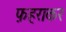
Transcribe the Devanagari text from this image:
फ़हराकर